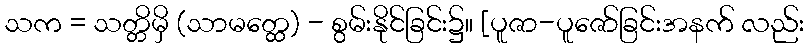
သက = သတ္တိမှိ (သာမတ္ထေ) - စွမ်းနိုင်ခြင်း၌။ [ပူဇာ-ပူဇော်ခြင်းအနက် လည်း